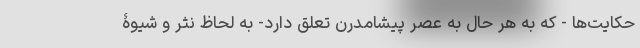
حکایت‌ها - که به هر حال به عصر پیشامدرن تعلق دارد- به لحاظ نثر و شیوۀ